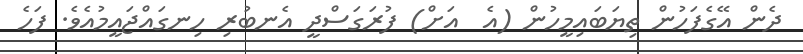
ދެން އޭގެފަހުން ތިޔަބައިމީހުން (އެ  އަށް) ފުރަގަސްދީ އެނބުރި ހިނގައްޖައީމުއެވެ. ފަހެ